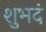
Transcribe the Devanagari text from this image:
शुभदं